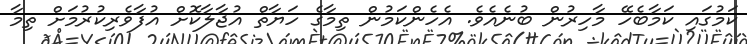
ކަމުގައި ކަމާބެހޭ މާހިރުން ބުނެއެވެ. އެހެންކަމުން ތިމާގެ ހަޔާތް އުޖާލާކޮށް އުފާވެރިކުރުމަށް ތިމާ